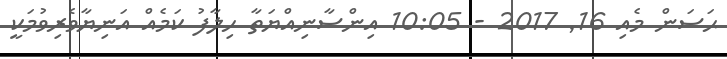
ޙަސަން މެއި 16